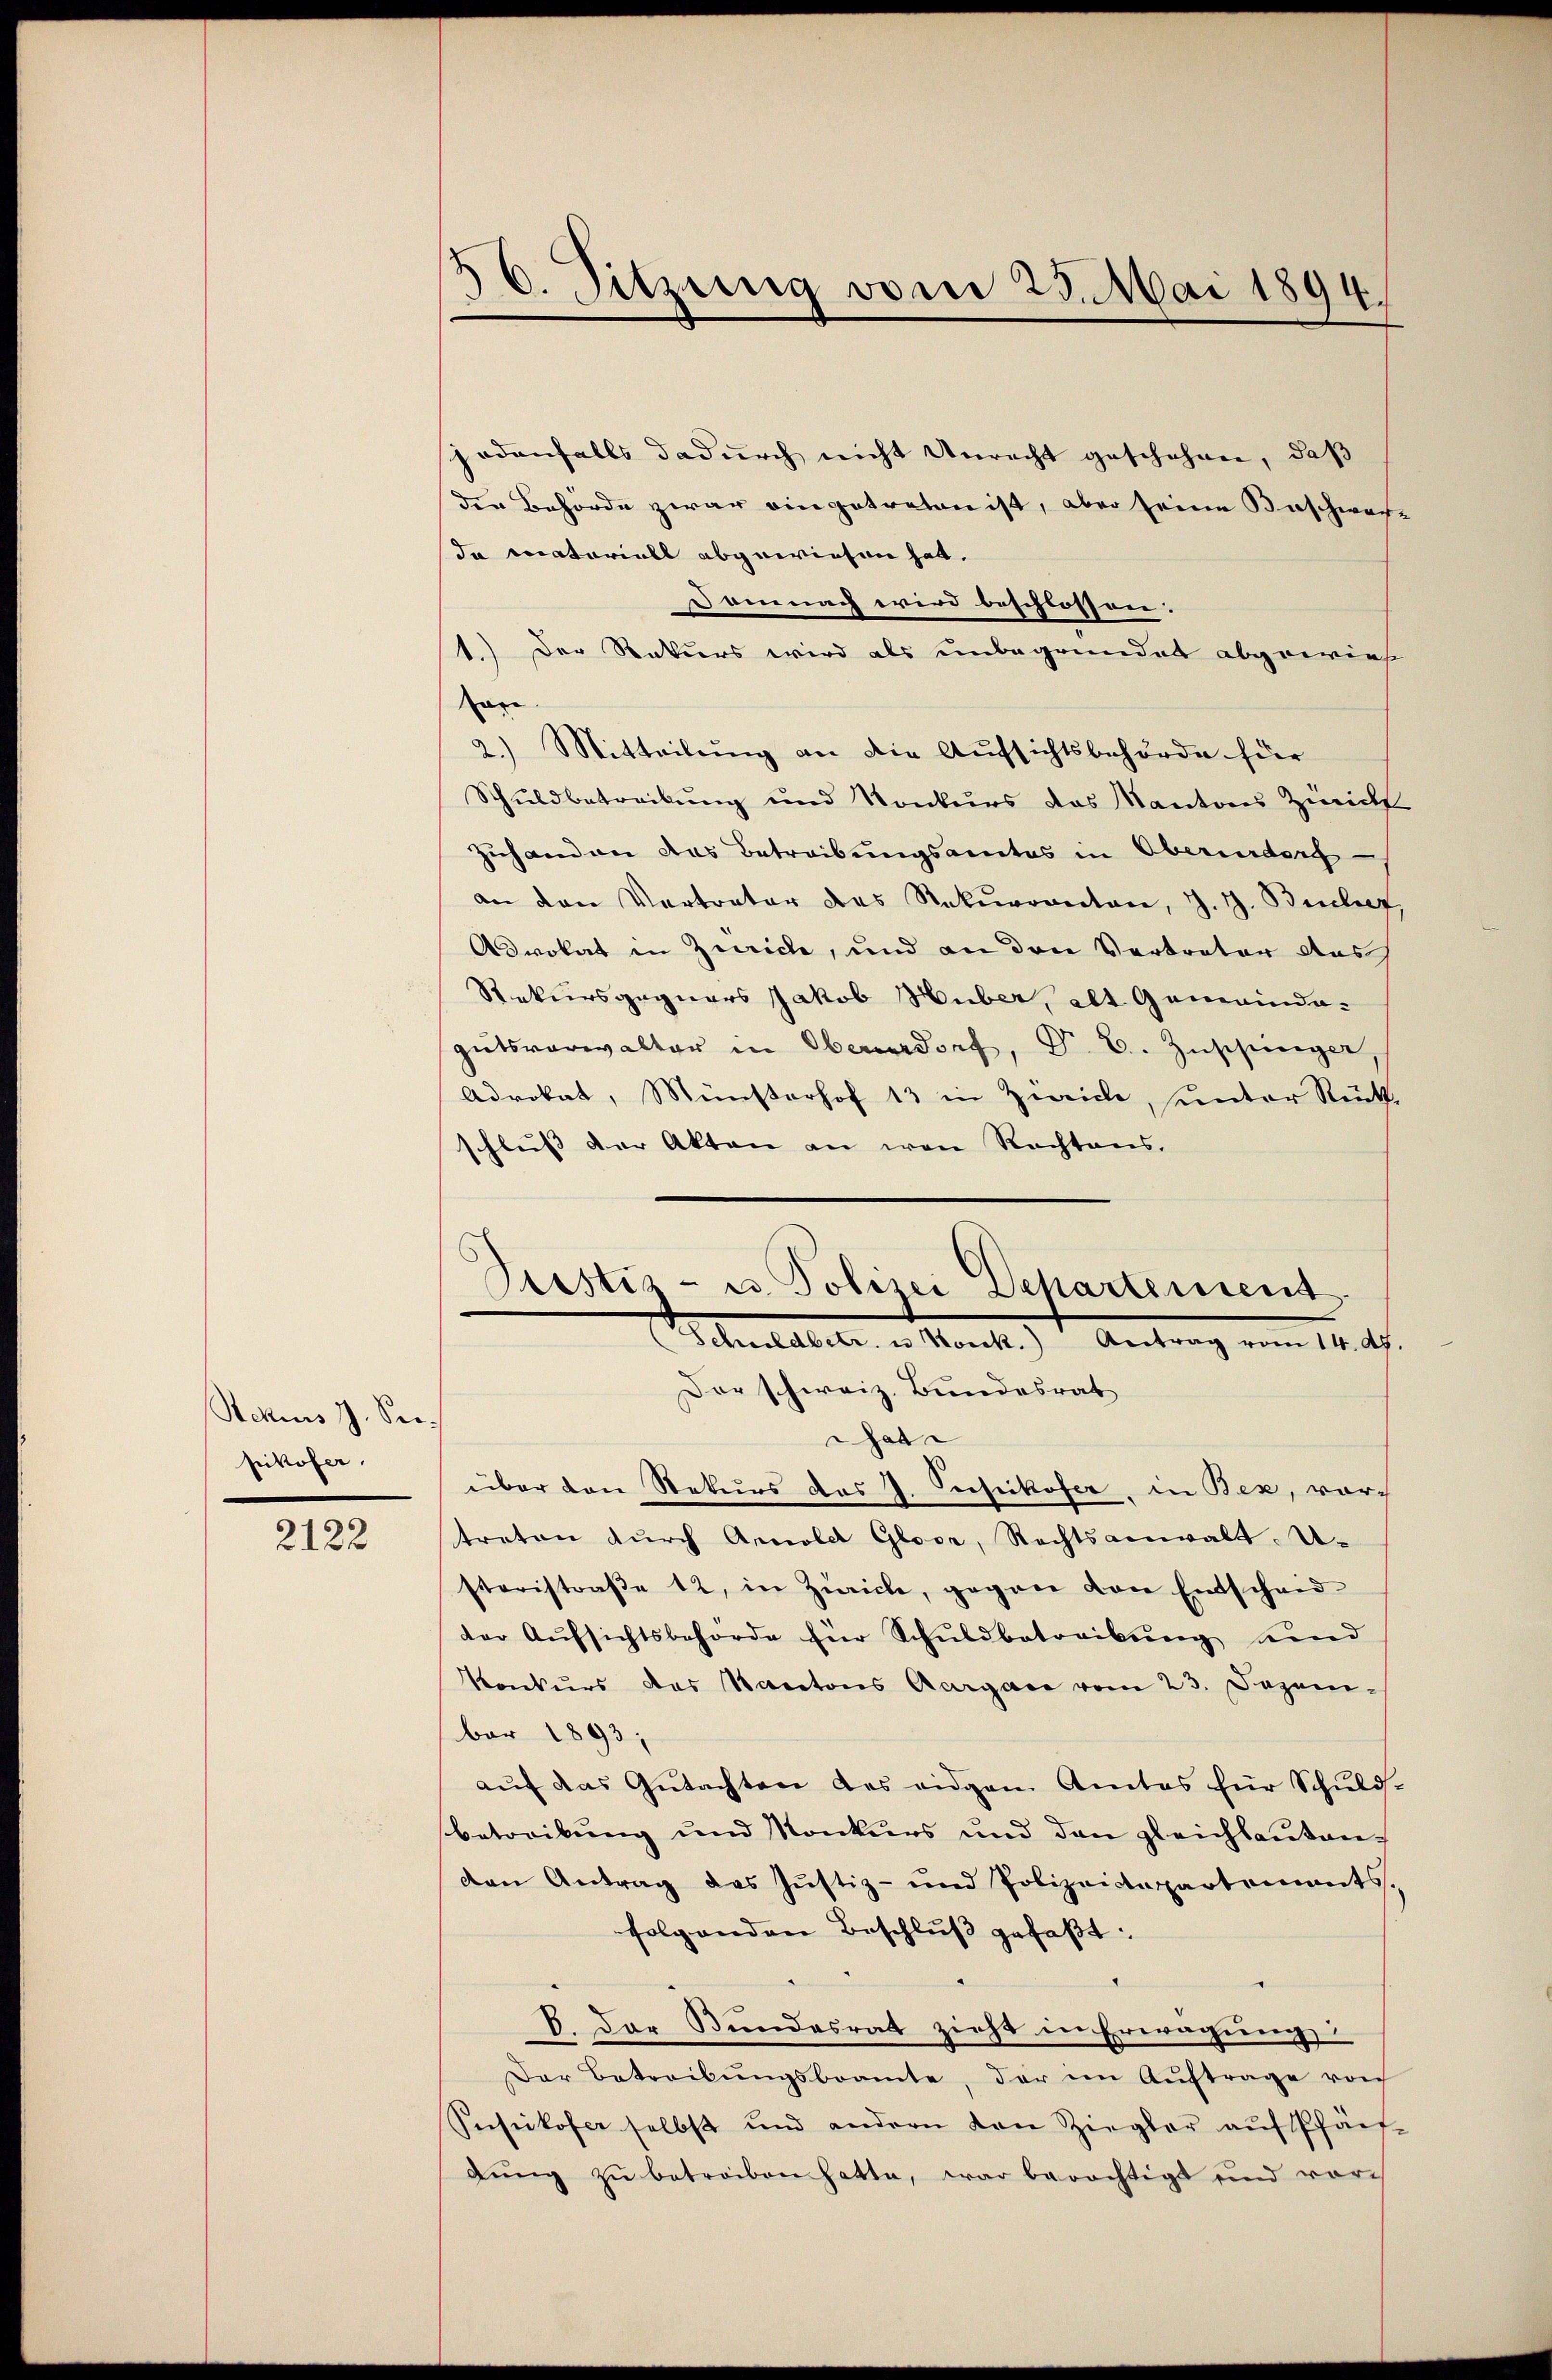
Rekurs J. Seepikofer.

2122

jedenfalls dadurch nicht Unrecht geschehen, daß
den Behörde zwar eingetreten ist, aber seine Beschwach-
In materiell abgewiesen hat.
Domnach wird beschlossen.
1.) Der Rekurs wird als unbegründet abgewies
an
2.) Mitteilung an die Aufsichtsbehörde für
Schuldbetreibung und Konkurs das Kantons Zwick
Zuhanden das Betreibungsamtes in Oberndorf
an den Vertreter des Rekurrenten, J. J. Beilet,
Advokat in Zürich, und an den Vertreter Aus
Rekursgegners Jakob Huber, alt Gemeinde-
gutsverwalter in Obersdorf, Dr. C. Zuschiniger,
Advokat, Münsterhof 13 in Zwicke, unter Rückschluss der Akten an von Rechtens.

16. Sitzung vom 23. Mai 1894.

Justiz- u. Polizei Departement
Atelaltet u. Marck.  Antrag vom 18. d.
Der schweiz. Bundesrat

hat
über den Rekurs das J. Pessikofer, in Bex, vor
treten dŭrch Arnold Gloor, Rechtsanwalt. U
steristraβe 12, in Zürich, gegen von Entscheid
der Aŭfsichtsbehörde für Schŭldbetreibŭng und
Konkurs das Kantons Aargare vom 23. Dezem-
bar 1893;
aŭf das Gŭtachten des eidgen Amtes für Schŭld-
betreibung und Konkurs und den gleichbautenden Antrag des Justiz- und Polizeistepartements.
folgenden Beschluß gefaßt:
B. Der Bundesrat zieht in Erwägung
Der Betreibŭngsbeamte, der im Auftrage von
Sesikofer selbst und andern den Ziegler aŭf Pfän-
dŭng zŭ betreiben hatte, war berechtigt und vor